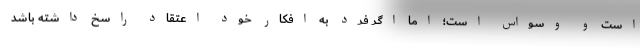
است و وسواس است؛ اما اگر فرد به افکار خود اعتقاد راسخ داشته باشد